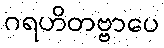
ဂရဟိတဗ္ဗာပေ